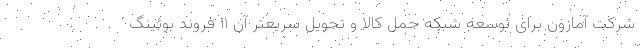
شرکت آمازون برای توسعه شبکه حمل کالا و تحویل سریعتر آن ۱۱ فروند بوئینگ